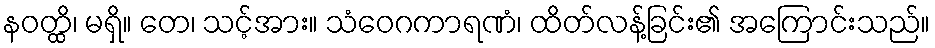
နဝတ္ထိ၊ မရှိ။ တေ၊ သင့်အား။ သံဝေဂကာရဏံ၊ ထိတ်လန့်ခြင်း၏ အကြောင်းသည်။